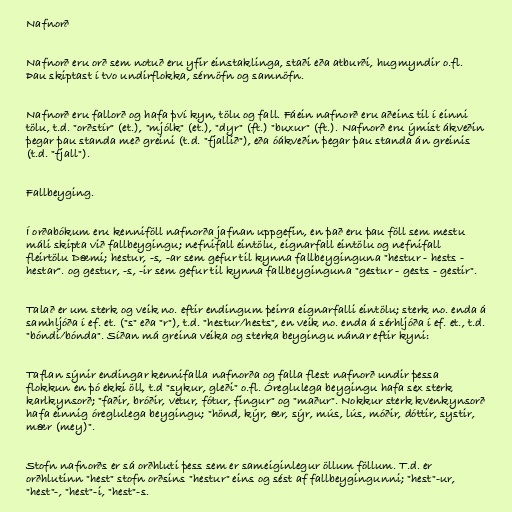
Nafnorð

Nafnorð eru orð sem notuð eru yfir einstaklinga, staði eða atburði, hugmyndir o.fl.
Þau skiptast í tvo undirflokka, sérnöfn og samnöfn.

Nafnorð eru fallorð og hafa því kyn, tölu og fall. Fáein nafnorð eru aðeins til í einni
tölu, t.d. "orðstír" (et.), "mjólk" (et.), "dyr" (ft.) "buxur" (ft.). Nafnorð eru ýmist ákveðin
þegar þau standa með greini (t.d. "fjallið"), eða óákveðin þegar þau standa án greinis
(t.d. "fjall").

Fallbeyging.

Í orðabókum eru kenniföll nafnorða jafnan uppgefin, en það eru þau föll sem mestu
máli skipta við fallbeygingu; nefnifall eintölu, eignarfall eintölu og nefnifall
fleirtölu Dæmi; hestur, -s, -ar sem gefur til kynna fallbeyginguna "hestur - hests -
hestar". og gestur, -s, -ir sem gefur til kynna fallbeyginguna "gestur - gests - gestir".

Talað er um sterk og veik no. eftir endingum þeirra eignarfalli eintölu; sterk no. enda á
samhljóða í ef. et. ("s" eða "r"), t.d. "hestur/hests", en veik no. enda á sérhljóða í ef. et., t.d.
"bóndi/bónda". Síðan má greina veika og sterka beygingu nánar eftir kyni:

Taflan sýnir endingar kennifalla nafnorða og falla flest nafnorð undir þessa
flokkun en þó ekki öll, t.d "sykur, gleði" o.fl. Óreglulega beygingu hafa sex sterk
karlkynsorð; "faðir, bróðir, vetur, fótur, fingur" og "maður". Nokkur sterk kvenkynsorð
hafa einnig óreglulega beygingu; "hönd, kýr, ær, sýr, mús, lús, móðir, dóttir, systir,
mær (mey)".

Stofn nafnorðs er sá orðhluti þess sem er sameiginlegur öllum föllum. T.d. er
orðhlutinn "hest" stofn orðsins "hestur" eins og sést af fallbeygingunni; "hest"-ur,
"hest"-, "hest"-i, "hest"-s.